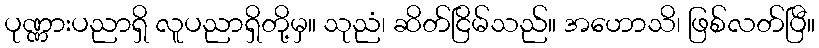
ပုဏ္ဏားပညာရှိ လူပညာရှိတို့မှ။ သုညံ၊ ဆိတ်ငြိမ်သည်။ အဟောသိ၊ ဖြစ်လတ်ပြီ။